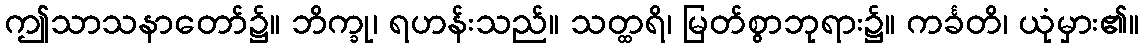
ဤသာသနာတော်၌။ ဘိက္ခု၊ ရဟန်းသည်။ သတ္ထရိ၊ မြတ်စွာဘုရား၌။ ကင်္ခတိ၊ ယုံမှား၏။